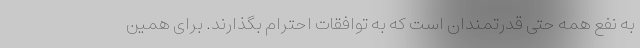
به نفع همه حتی قدرتمندان است که به توافقات احترام بگذارند. برای همین